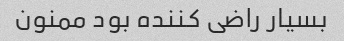
بسیار راضی کننده بود ممنون